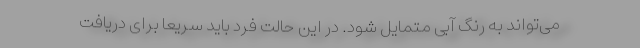
می‌تواند به رنگ آبی متمایل شود. در این حالت فرد باید سریعا برای دریافت